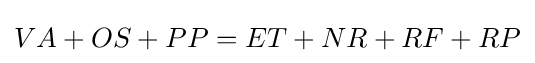
VA+OS+PP=ET+NR+RF+RP